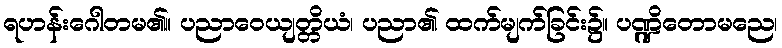
ရဟန်းဂေါတမ၏။ ပညာဝေယျတ္တိယံ၊ ပညာ၏ ထက်မျက်ခြင်း၌။ ပဏ္ဍိတောမညေ၊